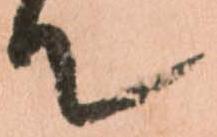
て